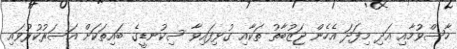
ހާސްވުމާއި އަދި މިފަދަ އެހެން ޖަޒުބާތު ތަކާއި ގުޅިފައިވާ ސިކުނޑީގެ ބައިތަކަށް އަސަރުކުރުވައި